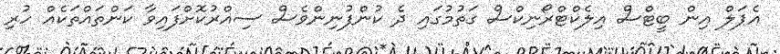
އެޕަލް އިން ބީޓްސް އިލެކްޓްރޯނިކްސް ގަތުމުގައި ދެ ކުންފުނިންވެސް ސިއްރުކޮށްފައިވާ ކަންތައްތަކެއް ހުރި